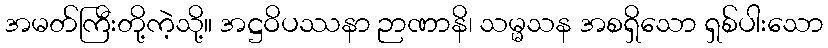
အမတ်ကြီးတို့ကဲ့သို့။ အဋ္ဌဝိပဿနာ ဉာဏာနိ၊ သမ္မသန အစရှိသော ရှစ်ပါးသော